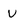
Character: v